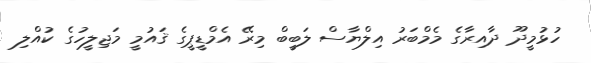
ހުޅުމީދޫ ދާއިރާގެ މެމްބަރު އިލްޔާސް ލަބީބް މިރޭ އެމްޑީޕީގެ ޤައުމީ މަޖިލީހުގެ ކުއްލި